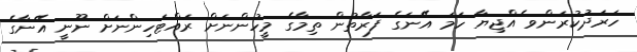
ހަރަދުކުރަންވ ެއްޖިޔާ ހަމަ އޭނަގެ ފަރާތުން ތިމާގެ މީހުންނަށް ރައްޓަހިންނަށް ނޫނީ އޭނާގެ